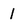
Character: 1